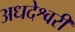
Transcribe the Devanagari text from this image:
अधदेश्वरी